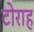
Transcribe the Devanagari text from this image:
टोराह